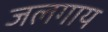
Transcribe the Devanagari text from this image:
जलगाय